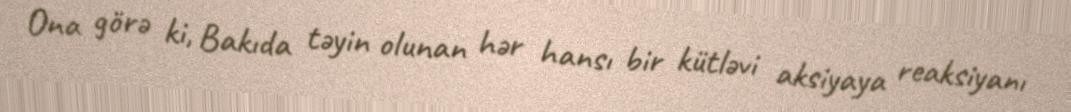
Ona görə ki, Bakıda təyin olunan hər hansı bir kütləvi aksiyaya reaksiyanı